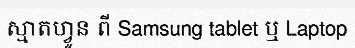
ស្មាតហ្វូន ពី Samsung tablet ឬ Laptop